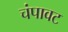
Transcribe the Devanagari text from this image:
चंपावट